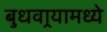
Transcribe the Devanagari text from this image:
बुधवार्‍यामध्ये